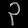
Digit: ၃